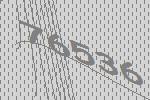
76536